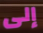
إلى